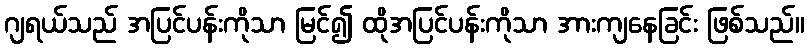
ဂျရယ်သည် အပြင်ပန်းကိုသာ မြင်၍ ထိုအပြင်ပန်းကိုသာ အားကျနေခြင်း ဖြစ်သည်။